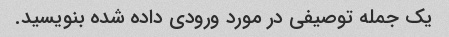
یک جمله توصیفی در مورد ورودی داده شده بنویسید.